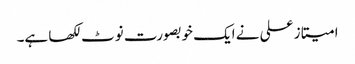
امیتاز علی نے ایک خوبصورت نوٹ لکھا ہے۔